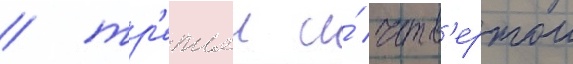
/ тр'етьеи и́ четв'ертои